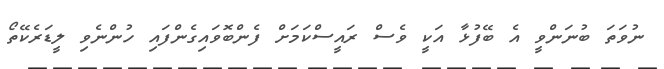
ނުވަތަ ބުނަންވީ އެ ބޭފުޅާ އަކީ ވެސް ރައީސްކަމަށް ފެންބޮވައިގެންފައި ހުންނެވި ލީޑަރެކޭތޯ